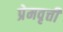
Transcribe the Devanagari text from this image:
प्रेमवृत्ती